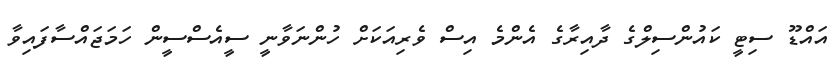
އައްޑޫ ސިޓީ ކައުންސިލްގެ ދާއިރާގެ އެންމެ އިސް ވެރިއަކަށް ހުންނަވާނީ ސީއެސްސީން ހަމަޖައްސާފައިވާ